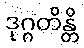
ဒုဂ္ဂတိန္တိ